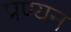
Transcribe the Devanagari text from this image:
प्रण्यन